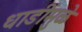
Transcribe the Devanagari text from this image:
धाडींमुळे